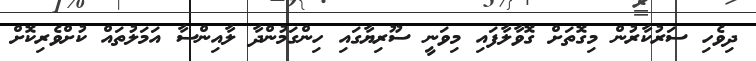
ދިވެހި ސަރުކާރުން މިގޮތަށް ގޮވާލާފައި މިވަނީ ސޫރިޔާގައި ހިންގަމުންދާ ލާއިންސާ އަމަލުތައް ކުށްވެރިކޮށް